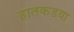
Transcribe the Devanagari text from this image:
हातकडया